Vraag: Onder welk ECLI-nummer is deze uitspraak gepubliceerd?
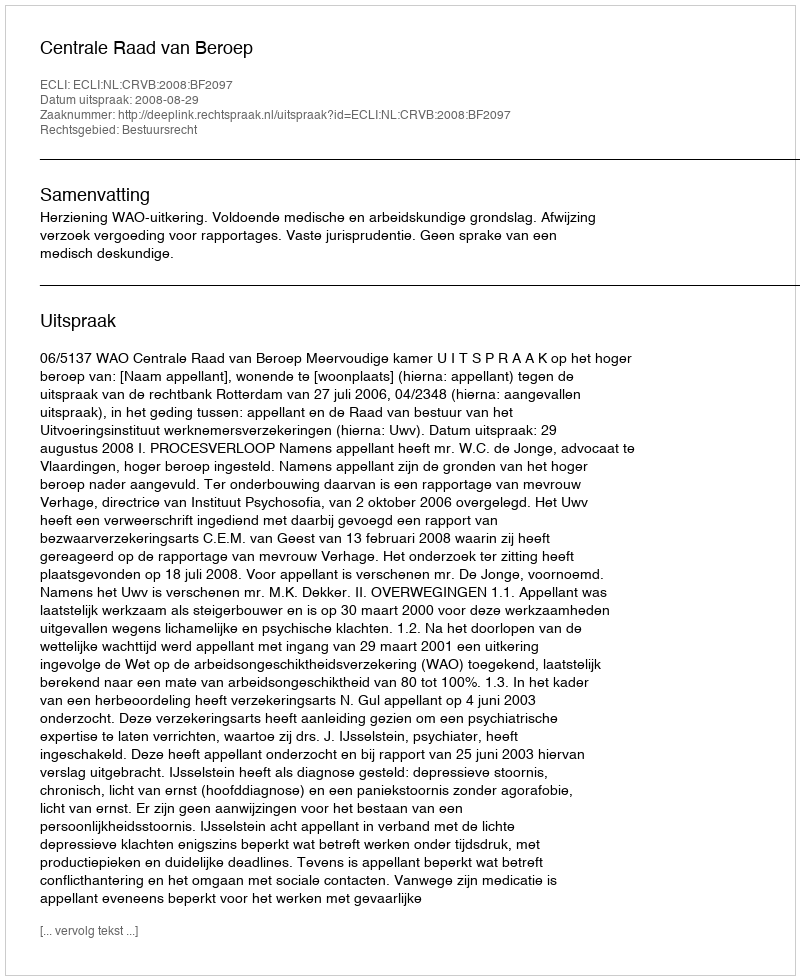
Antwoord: ECLI:NL:CRVB:2008:BF2097